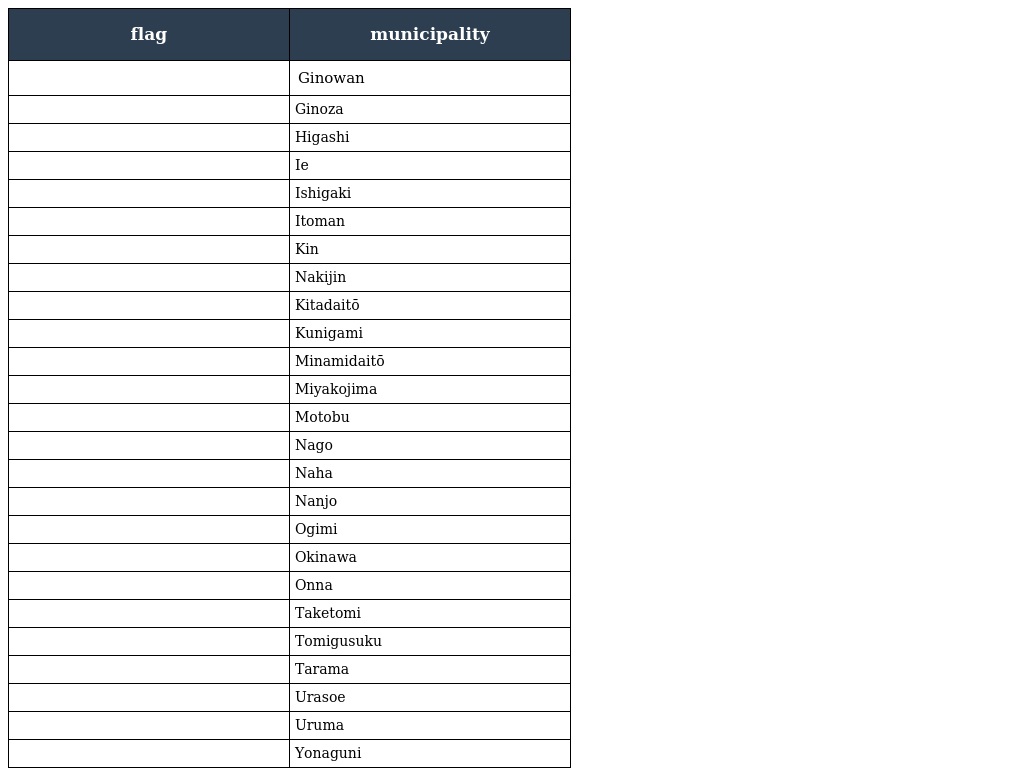
| flag | municipality |
 | --- | --- |
 |  | Ginowan |
 |  | Ginoza |
 |  | Higashi |
 |  | Ie |
 |  | Ishigaki |
 |  | Itoman |
 |  | Kin |
 |  | Nakijin |
 |  | Kitadaitō |
 |  | Kunigami |
 |  | Minamidaitō |
 |  | Miyakojima |
 |  | Motobu |
 |  | Nago |
 |  | Naha |
 |  | Nanjo |
 |  | Ogimi |
 |  | Okinawa |
 |  | Onna |
 |  | Taketomi |
 |  | Tomigusuku |
 |  | Tarama |
 |  | Urasoe |
 |  | Uruma |
 |  | Yonaguni |